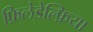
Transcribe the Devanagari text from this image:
फ़िलेडेल्फ़िया